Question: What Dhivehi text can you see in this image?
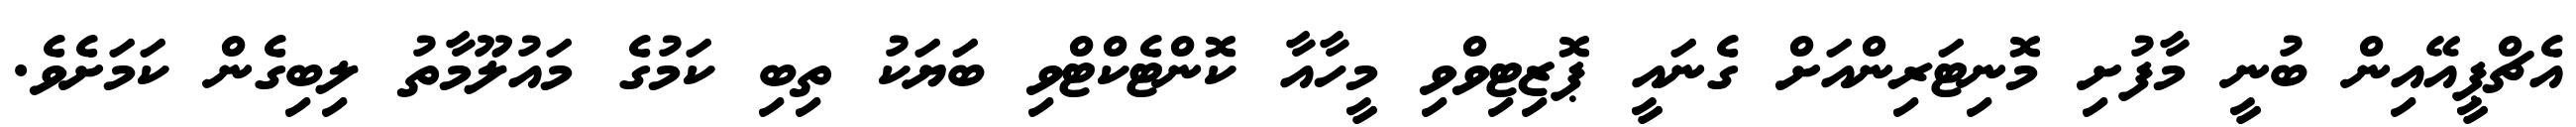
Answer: އެޗްޕީއޭއިން ބުނީ މާފުށި މޮނިޓަރިންއަށް ގެނައީ ޕޮޒިޓިވްވި މީހާއާ ކޮންޓެކްޓްވި ބަޔަކު ތިބި ކަމުގެ މައުލޫމާތު ލިބިގެން ކަމަށެވެ.